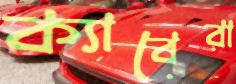
ক্যাবেরা